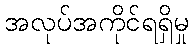
အလုပ်အကိုင်ရရှိမှု